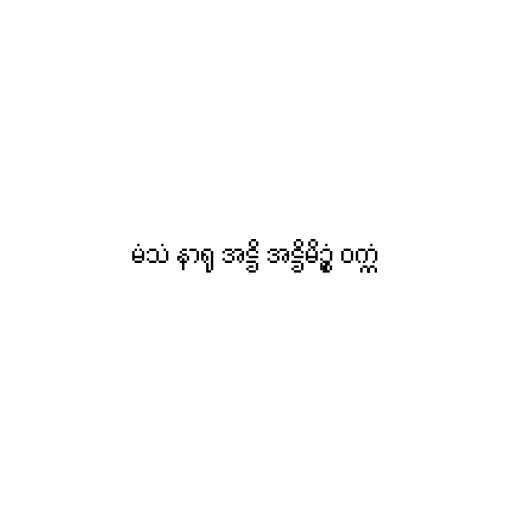
မံသံ နာရု အဋ္ဌိ အဋ္ဌိမိဥ္စံ ဝက္ကံ